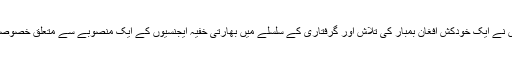
روزنامہ انڈین ایکسپریس نے ایک خودکش افغان بمبار کی تلاش اور گرفتاری کے سلسلے میں بھارتی خفیہ ایجنسیوں کے ایک منصوبے سے متعلق خصوصی رپورٹ شائع کی ہے۔